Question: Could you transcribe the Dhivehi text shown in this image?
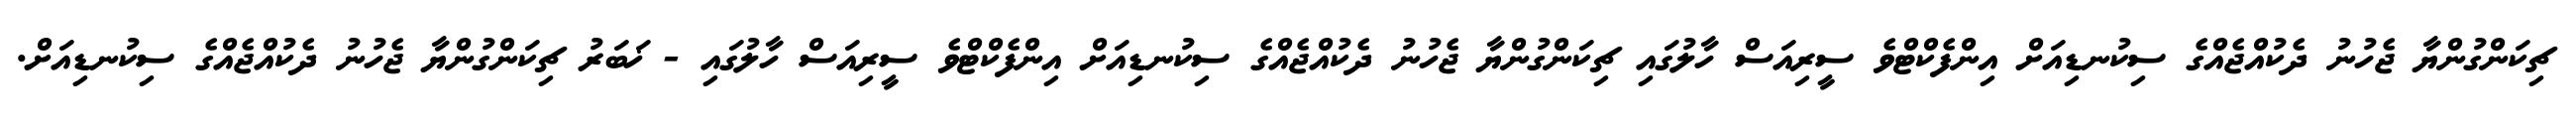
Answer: ޗިކަންގުންޔާ ޖެހުނު ދެކުއްޖެއްގެ ސިކުނޑިއަށް އިންފެކްޓްވެ ސީރިއަސް ހާލުގައި ޗިކަންގުންޔާ ޖެހުނު ދެކުއްޖެއްގެ ސިކުނޑިއަށް އިންފެކްޓްވެ ސީރިއަސް ހާލުގައި - ޚަބަރު ޗިކަންގުންޔާ ޖެހުނު ދެކުއްޖެއްގެ ސިކުނޑިއަށް.